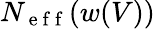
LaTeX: N_{\mathrm{~e~f~f~}}(w(V))